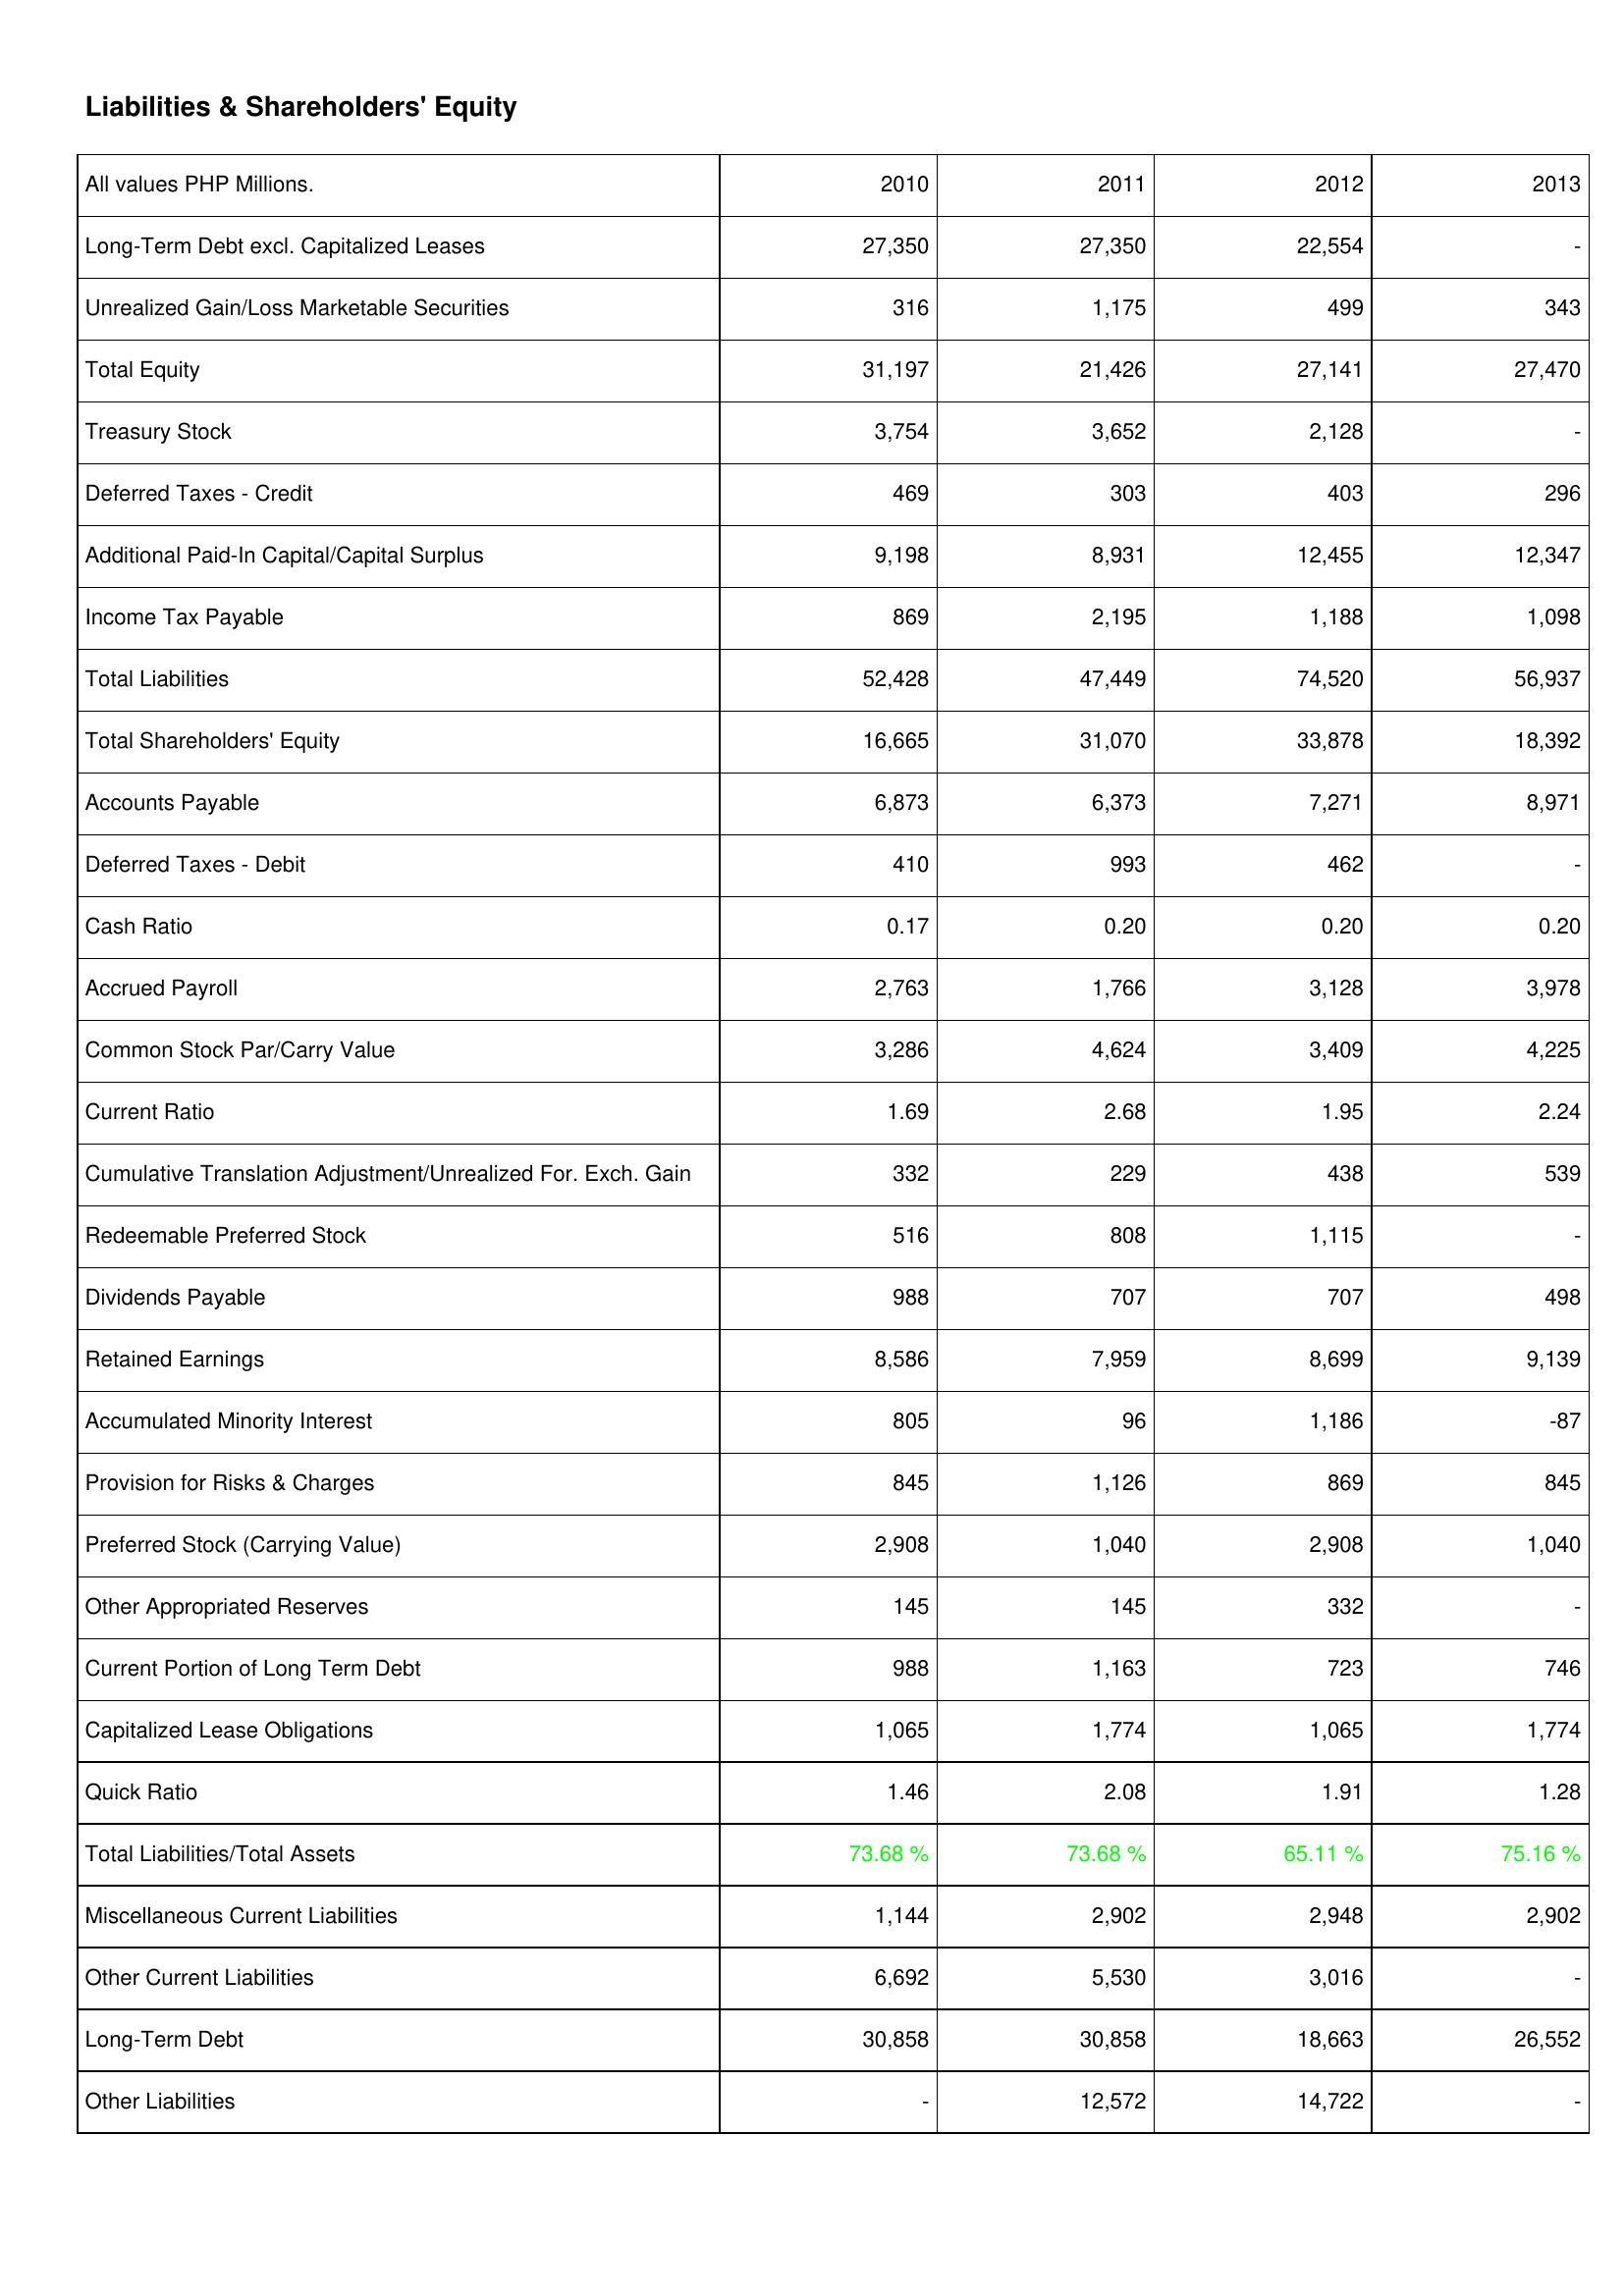
2010: Liabilities & Shareholders' Equity: Long-Term Debt excl. Capitalized Leases: 27,350
Unrealized Gain/Loss Marketable Securities: 316
Total Equity: 31,197
Treasury Stock: 3,754
Deferred Taxes - Credit: 469
Additional Paid-In Capital/Capital Surplus: 9,198
Income Tax Payable: 869
Total Liabilities: 52,428
Total Shareholders' Equity: 16,665
Accounts Payable: 6,873
Deferred Taxes - Debit: 410
Cash Ratio: 0.17
Accrued Payroll: 2,763
Common Stock Par/Carry Value: 3,286
Current Ratio: 1.69
Cumulative Translation Adjustment/Unrealized For. Exch. Gain: 332
Redeemable Preferred Stock: 516
Dividends Payable: 988
Retained Earnings: 8,586
Accumulated Minority Interest: 805
Provision for Risks & Charges: 845
Preferred Stock (Carrying Value): 2,908
Other Appropriated Reserves: 145
Current Portion of Long Term Debt: 988
Capitalized Lease Obligations: 1,065
Quick Ratio: 1.46
Total Liabilities/Total Assets: 73.68 %
Miscellaneous Current Liabilities: 1,144
Other Current Liabilities: 6,692
Long-Term Debt: 30,858
Other Liabilities: -
2011: Liabilities & Shareholders' Equity: Long-Term Debt excl. Capitalized Leases: 27,350
Unrealized Gain/Loss Marketable Securities: 1,175
Total Equity: 21,426
Treasury Stock: 3,652
Deferred Taxes - Credit: 303
Additional Paid-In Capital/Capital Surplus: 8,931
Income Tax Payable: 2,195
Total Liabilities: 47,449
Total Shareholders' Equity: 31,070
Accounts Payable: 6,373
Deferred Taxes - Debit: 993
Cash Ratio: 0.20
Accrued Payroll: 1,766
Common Stock Par/Carry Value: 4,624
Current Ratio: 2.68
Cumulative Translation Adjustment/Unrealized For. Exch. Gain: 229
Redeemable Preferred Stock: 808
Dividends Payable: 707
Retained Earnings: 7,959
Accumulated Minority Interest: 96
Provision for Risks & Charges: 1,126
Preferred Stock (Carrying Value): 1,040
Other Appropriated Reserves: 145
Current Portion of Long Term Debt: 1,163
Capitalized Lease Obligations: 1,774
Quick Ratio: 2.08
Total Liabilities/Total Assets: 73.68 %
Miscellaneous Current Liabilities: 2,902
Other Current Liabilities: 5,530
Long-Term Debt: 30,858
Other Liabilities: 12,572
2012: Liabilities & Shareholders' Equity: Long-Term Debt excl. Capitalized Leases: 22,554
Unrealized Gain/Loss Marketable Securities: 499
Total Equity: 27,141
Treasury Stock: 2,128
Deferred Taxes - Credit: 403
Additional Paid-In Capital/Capital Surplus: 12,455
Income Tax Payable: 1,188
Total Liabilities: 74,520
Total Shareholders' Equity: 33,878
Accounts Payable: 7,271
Deferred Taxes - Debit: 462
Cash Ratio: 0.20
Accrued Payroll: 3,128
Common Stock Par/Carry Value: 3,409
Current Ratio: 1.95
Cumulative Translation Adjustment/Unrealized For. Exch. Gain: 438
Redeemable Preferred Stock: 1,115
Dividends Payable: 707
Retained Earnings: 8,699
Accumulated Minority Interest: 1,186
Provision for Risks & Charges: 869
Preferred Stock (Carrying Value): 2,908
Other Appropriated Reserves: 332
Current Portion of Long Term Debt: 723
Capitalized Lease Obligations: 1,065
Quick Ratio: 1.91
Total Liabilities/Total Assets: 65.11 %
Miscellaneous Current Liabilities: 2,948
Other Current Liabilities: 3,016
Long-Term Debt: 18,663
Other Liabilities: 14,722
2013: Liabilities & Shareholders' Equity: Long-Term Debt excl. Capitalized Leases: -
Unrealized Gain/Loss Marketable Securities: 343
Total Equity: 27,470
Treasury Stock: -
Deferred Taxes - Credit: 296
Additional Paid-In Capital/Capital Surplus: 12,347
Income Tax Payable: 1,098
Total Liabilities: 56,937
Total Shareholders' Equity: 18,392
Accounts Payable: 8,971
Deferred Taxes - Debit: -
Cash Ratio: 0.20
Accrued Payroll: 3,978
Common Stock Par/Carry Value: 4,225
Current Ratio: 2.24
Cumulative Translation Adjustment/Unrealized For. Exch. Gain: 539
Redeemable Preferred Stock: -
Dividends Payable: 498
Retained Earnings: 9,139
Accumulated Minority Interest: -87
Provision for Risks & Charges: 845
Preferred Stock (Carrying Value): 1,040
Other Appropriated Reserves: -
Current Portion of Long Term Debt: 746
Capitalized Lease Obligations: 1,774
Quick Ratio: 1.28
Total Liabilities/Total Assets: 75.16 %
Miscellaneous Current Liabilities: 2,902
Other Current Liabilities: -
Long-Term Debt: 26,552
Other Liabilities: -